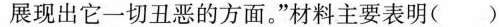
展现出它一切丑恶的方面。”材料主要表明()